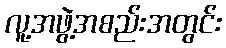
လူ့အဖွဲ့အစည်းအတွင်း